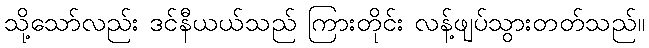
သို့သော်လည်း ဒင်နီယယ်သည် ကြားတိုင်း လန့်ဖျပ်သွားတတ်သည်။